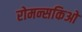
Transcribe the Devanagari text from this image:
रोमन्सकिओ